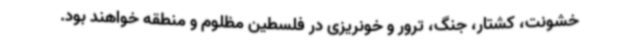
خشونت، کشتار، جنگ، ترور و خونریزی در فلسطین مظلوم و منطقه خواهند بود.